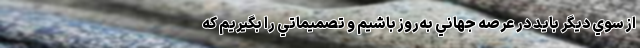
از سوي ديگر بايد در عرصه جهاني به‌روز باشيم و تصميماتي را بگيريم که